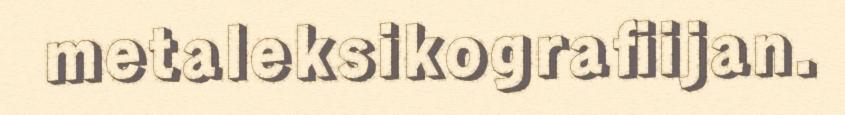
metaleksikografiijan.